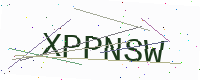
Text: XPPNSW